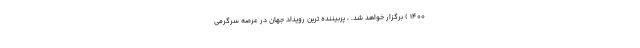
1400 ) برگزار خواهد شد. ، پربیننده ترین رویداد جهان در عرصه سرگرمی